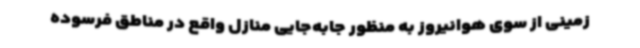
زمینی از سوی هوانیروز به منظور جابه‌جایی منازل واقع در مناطق فرسوده